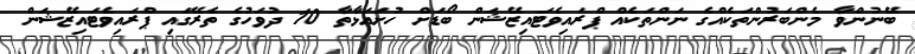
ބޭނުންވާ މެންބަރުންތަކެއްގެ ނަންތަކެއް ޕްރައިވެޓައިޒޭޝަން ބޯޑަށް ހުށައަޅާތާ 10 ދުވަހުގެ ތެރޭގައި ޕްރައިވެޓައިޒޭޝަން